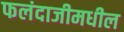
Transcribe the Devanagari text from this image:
फलंदाजीमधील